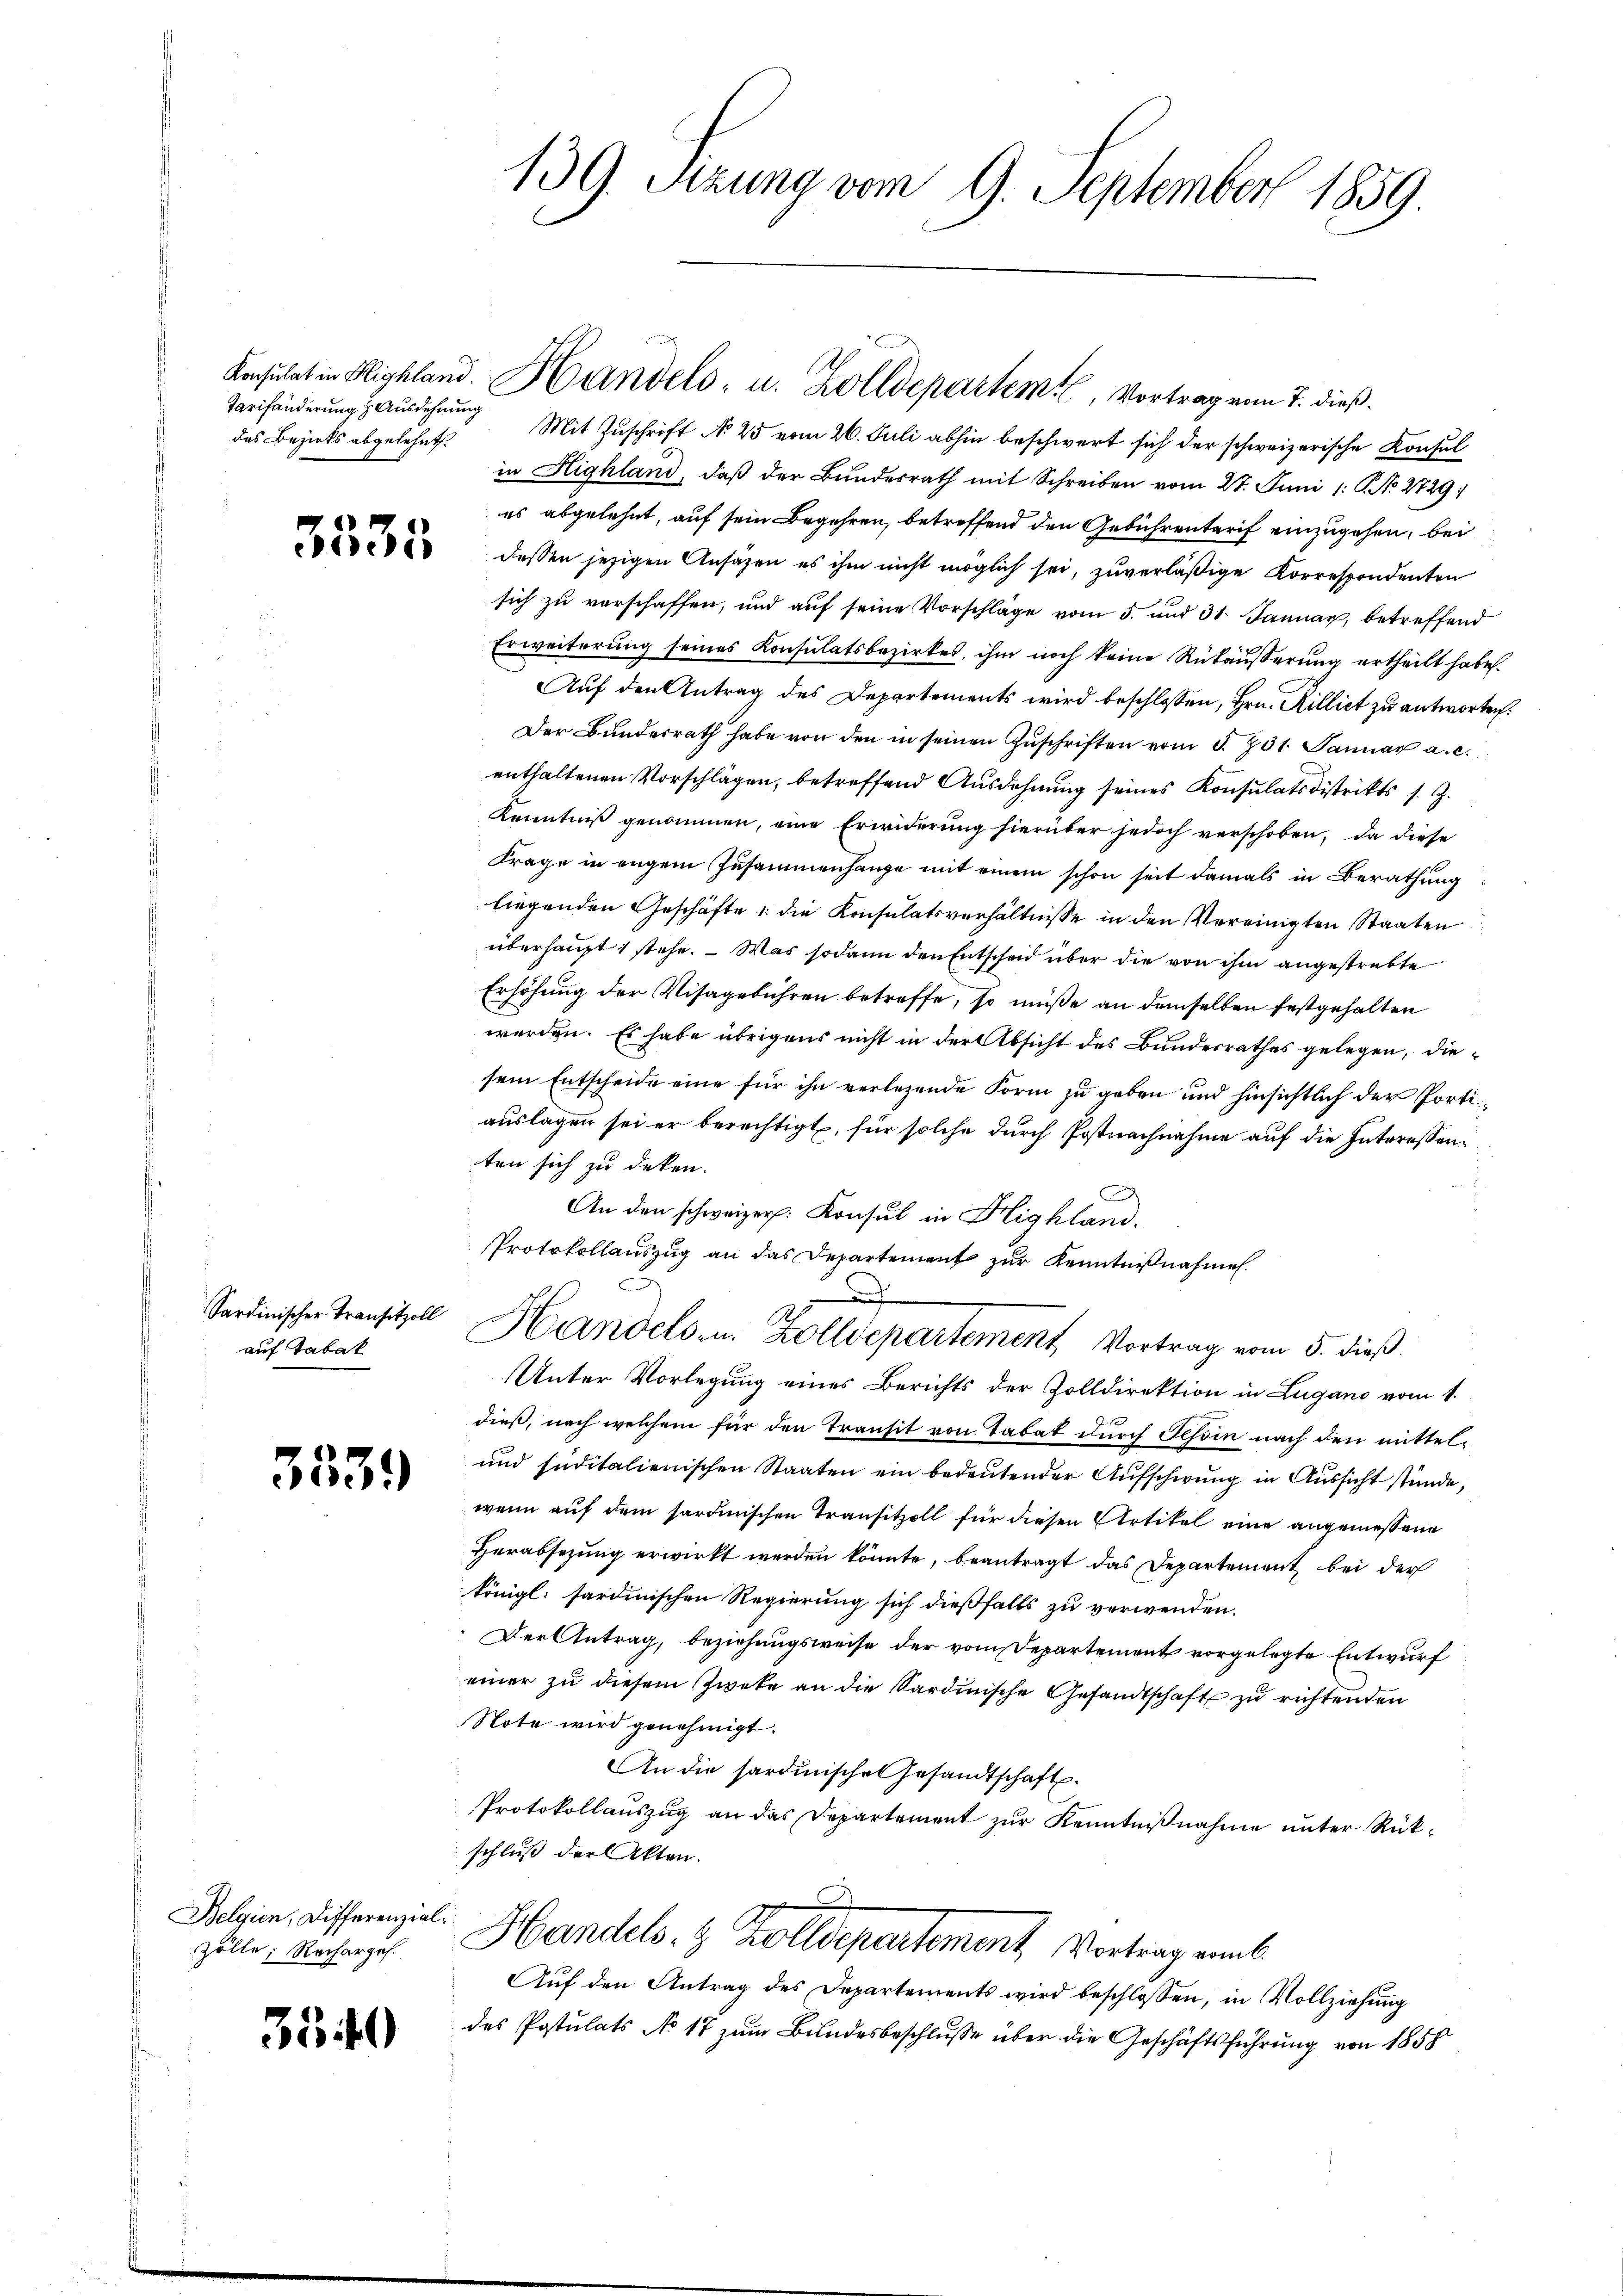
Tarifänderung z. Ausdehnung
des Bezirks abgelehnt.

3535

Sardinischer Transitzoll
auf Tabak

3539

Belgien, Differenzialzölle; Recharges.

3540

139. Sitzung vom 9. September 1859.

Mit Zuschrift No 25 vom 26. Juli abhin beschwert sich der schweizerische Konsul
in Highland, daß der Bundesrath mit Schreiben vom 27. Juni 1: C. No 2729:
es abgelehnt, auf sein Begehren, betreffend den Gebührentarif einzugehen, bei
dessen jezigen Ansäzen es ihm nicht möglich sei, zuverläßige Korrespondenten
sich zu verschaffen, und auf seine Vorschläge vom 5. und 31. Januar, betreffend
Erweiterung seines Konsulatsbezirkes, ihm noch keine Rükäußerung ertheilt habe.
Auf den Antrag des Departements wird beschlossen, Hrn. Rilliet zu antworten.
Der Bundesrath habe von den in seinen Zŭschriften vom 5. 731. Januar a. c.
enthaltenen Vorschlägen, betreffend Ausdehnung seines Konsulatsdistrikts s. Z.
Kenntniß genommen, eine Erwiderung hierüber jedoch verschoben, da diese
Frage in engem Zusammenhange mit einem schon seit damals in Berathung
liegenden Geschäfte die Konsulatsverhältnisse in den Vereinigten Staaten
überhaupt 1 stehe. — Was sodann den Entscheid über die von ihm angestrebte
Erhöhung der Visagebühren betreffe, so müße an demselben festgehalten
werden. Es habe übrigens nicht in der Absicht des Bundesrathes gelegen, diesein Entscheide eine für ihn verlesende Form zu geben und hinsichtlich der Portiauslagen sei er berechtigt, für solche durch Postnachnahme auf die Interessenten sich zu deken.
An den schweizer. Konsul in Highland.
Protokollauszug an das Departement zur Kenntnißnahmen.
2
A
Handels- u. Zolldepartement Vortrag vom 5. dieß.
Unter Vorlegung eines Berichts der Zolldirektion in Lugano vom 1.
1
dieß, nach welchem für den Transit von Tabat durch Schon nach den mittel¬
und Inditalienischen Staaten ein bedeutender Aufschwung in Aussicht stünde,
wenn auf dem sardinischen Transitzoll für diesen Artikel eine angemessene
Herabsezung erwirkt werden könnte, beantragt das Departement bei der
königl. sardinischen Regierung sich dießfalls zu verwenden.
Der Antrag, beziehungsweise der vom Departement vorgelegte Entwurf
einer zu diesem Zweke an die Sardinische Gesandtschaft zu richtenden
Note wird genehmigt.
An die sardinische Gesandtschaft.
Protokollauszug an das Departement zur Kenntnißnahme unter Rückschluß der Akten.
Handels- & Zolldepartement, Vortrag einl
Aŭf den Antrag des Departements wird beschlossen, in Vollziehŭng
des Postulats No 17 zum Bundesbeschlusse über die Geschäftsführung von 1858

E
Konsulat in Highland. Handels- u. Zolldepartem Vortrag vom 7. dieß.